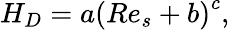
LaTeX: H_{D}=a\left(Re_{s}+b\right)^{c},